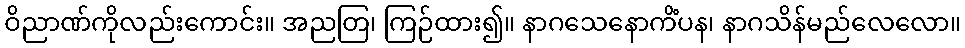
ဝိညာဏ်ကိုလည်းကောင်း။ အညတြ၊ ကြဉ်ထား၍။ နာဂသေနောကိံပန၊ နာဂသိန်မည်လေလော။